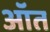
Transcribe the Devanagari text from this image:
ऑत